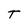
Character: T